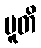
ပူတိ